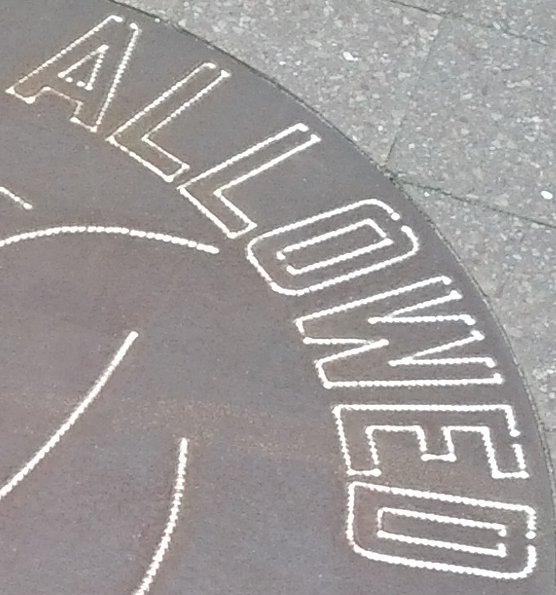
ALLOWED